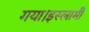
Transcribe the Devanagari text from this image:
गया।इस्लामी